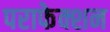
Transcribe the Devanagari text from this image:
पराफेक्शन